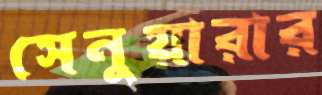
সেনুয়ারার